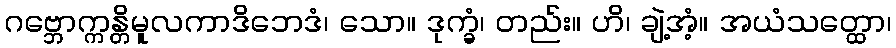
ဂဗ္ဘောက္ကန္တိမူလကာဒိဘေဒံ၊ သော။ ဒုက္ခံ၊ တည်း။ ဟိ၊ ချဲ့အံ့။ အယံသတ္ထော၊